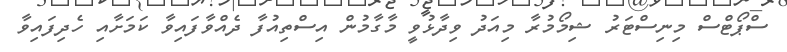
ސްޕޯޓްސް މިނިސްޓަރު ޝިމޯމުރާ މިއަދު ވިދާޅުވީ މާގާމުން އިސްތިއުފާ ދެއްވާފައިވާ ކަމަށާއި ހެދިފައިވާ